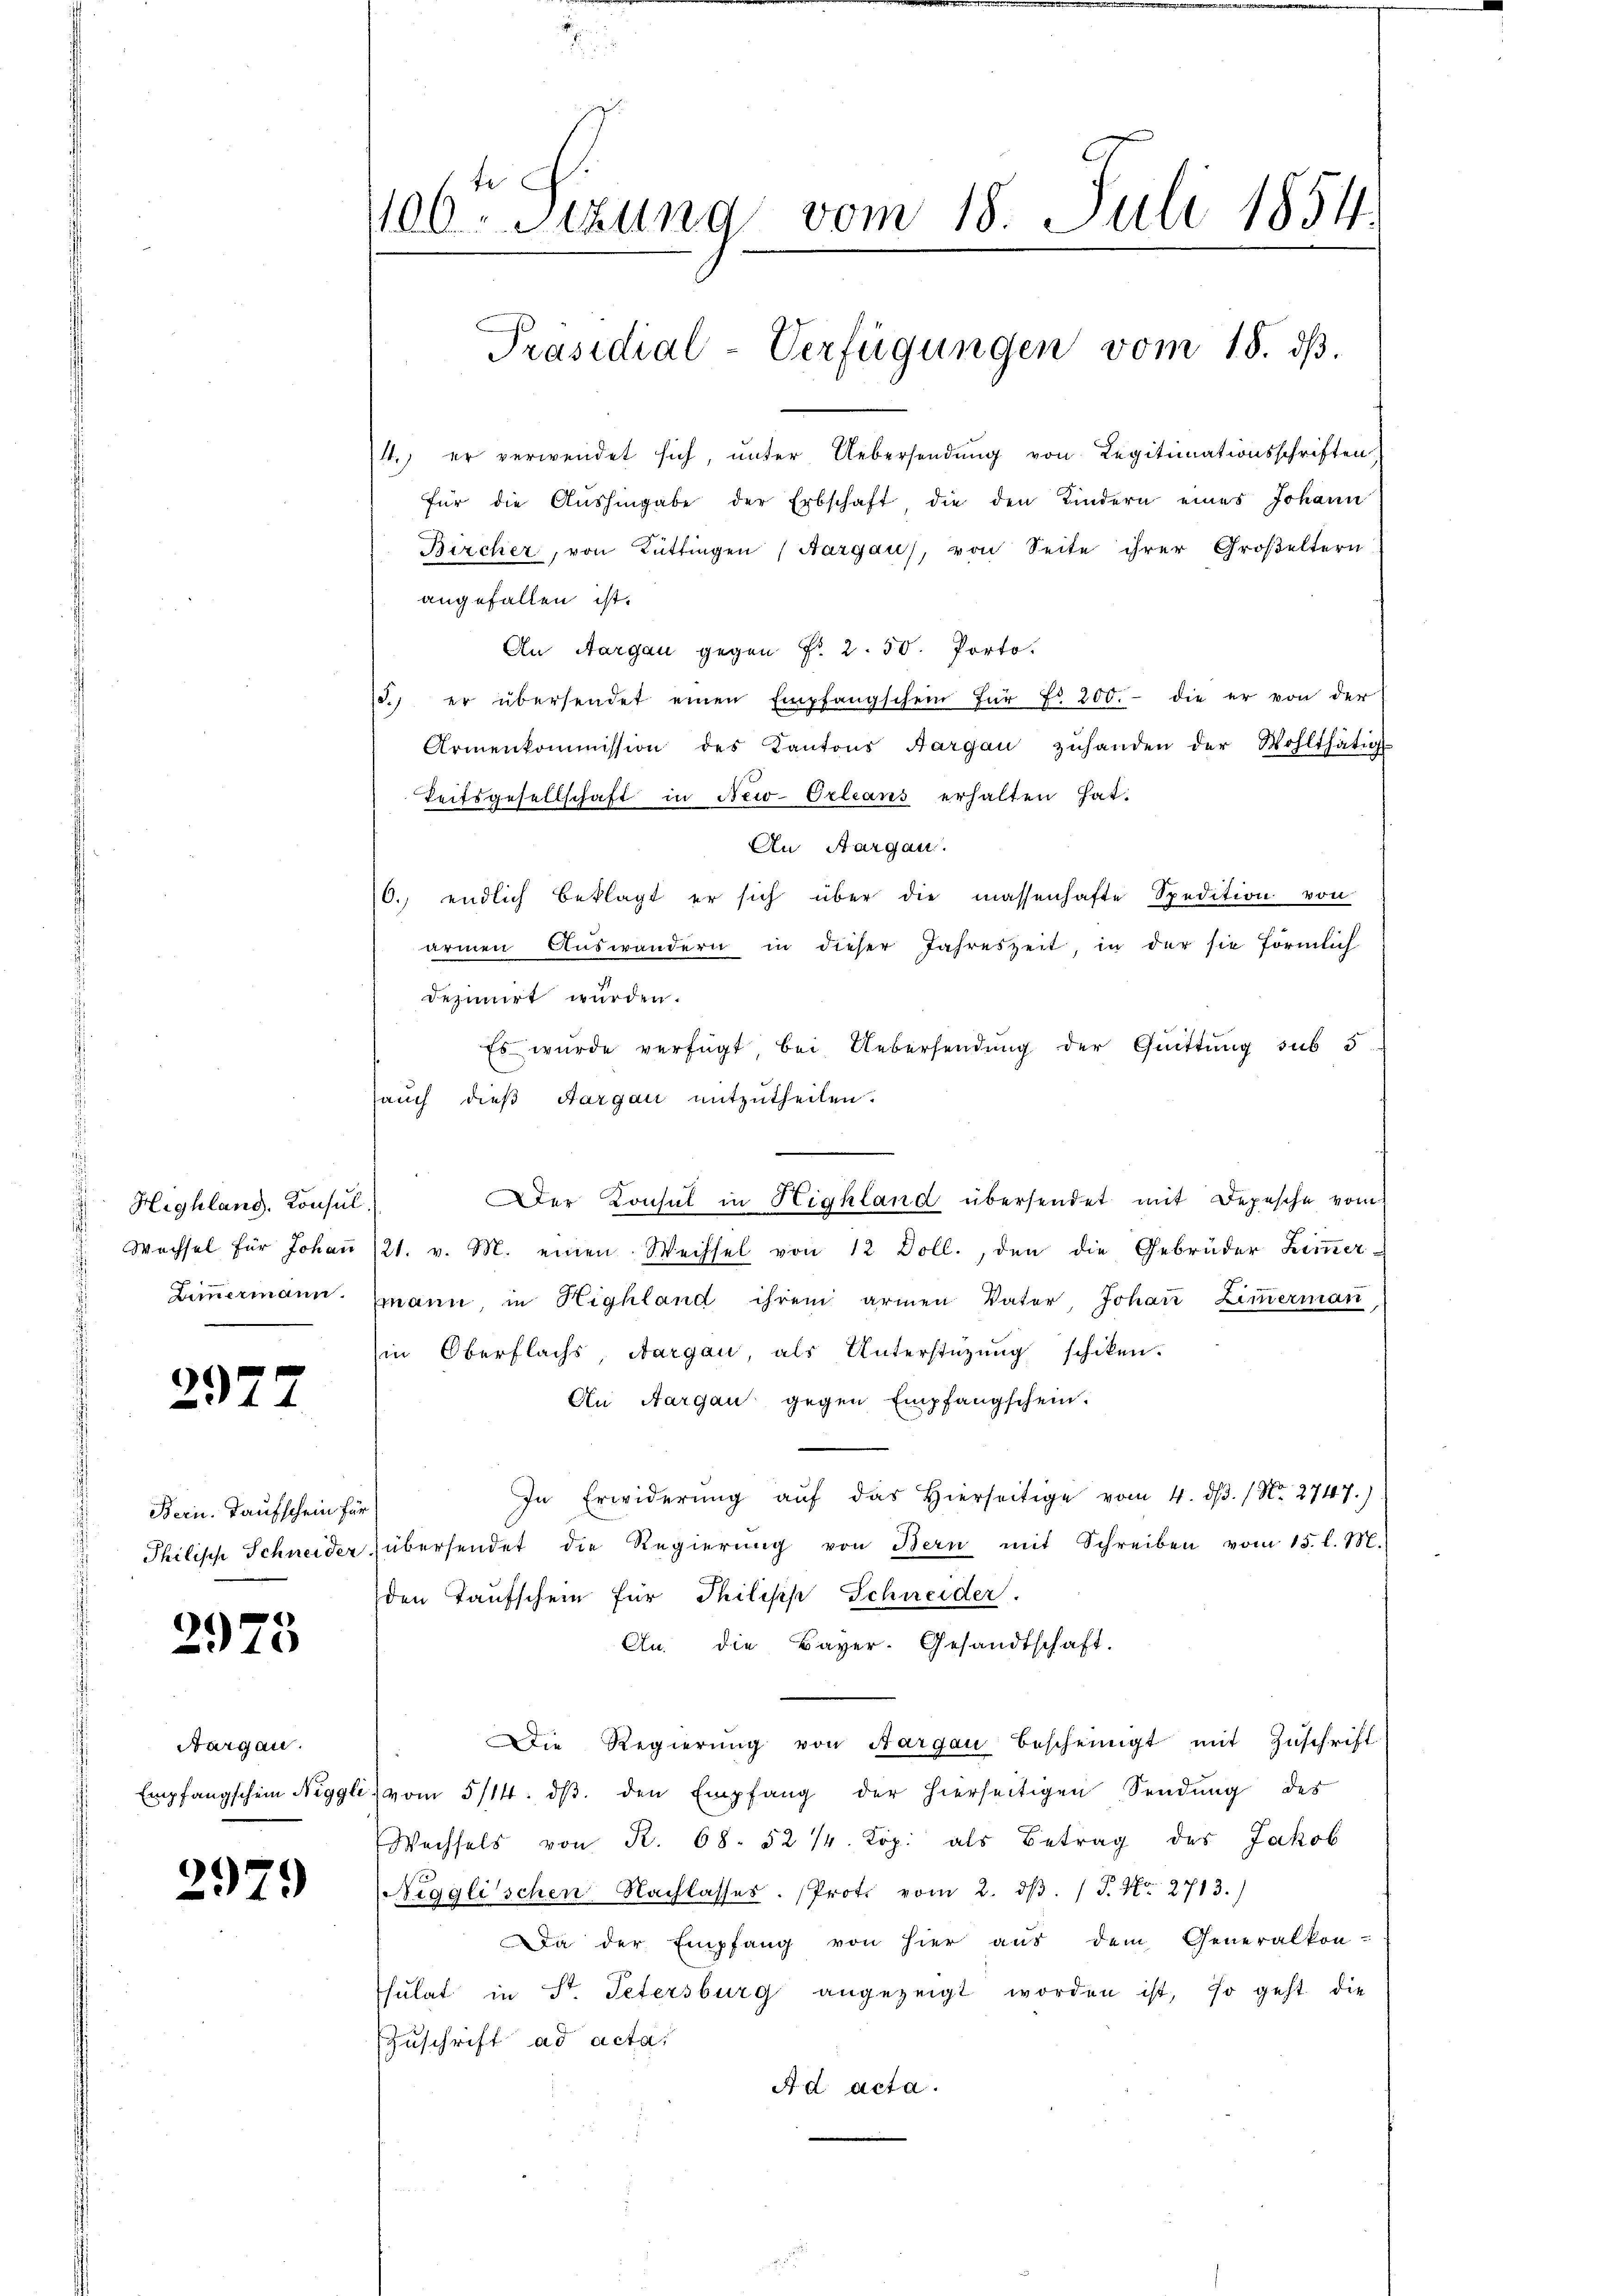
Highland. Konsul,

292

Bern. Kaufschein für

2975

Nargau.

2979

106ten Sizung vom 18. Juli 1854.
e
Präsidial-Verfügungen vom 18. ds.

4.) er verwendet sich, unter Uebersendung von Legitimationsschriften
für die Aushingabe der Erbschaft die den Kindern eines Johann
Bircher, von Rüttingen (Aargau), von Seite ihrer Großeltern
angefallen ist.
An Aargau gegen Fr. 2. 50. Porto.
18. er übersendet einen Empfangschein für f. 200.- die er von der
Armenkommission des Kantons Aargau zuhanden der Wohlthätig
Teitsgesellschaft in New-Orleans erhalten hat.
An Aargau.
10. endlich beklagt er sich über die massenhafte Spedition von
armen Auswandern in dieser Jahreszeit, in der sie förmlich
desimirt würden.
Es wurde verfügt bei Uebersendung der Quittung sub 5
auch dieß Aargau mitzutheilen.
Wechsel für Johaṅ /21. v. M. einen Wechsel von 12 Doll., den die Gebrüder Zimmer-
Ziṁermann mann in Highland ihrem armen Vater, Johan Zimmerman
in Oberflachs, Aargau, als Unterstüzung schiken.
An Aargau gegen Empfangschein.
In Erwiderŭng aŭf das hierseitige vom 4. dβ. / No. 2747.)
Philisch Schneider übersendet die Regierŭng von Bern mit Schreiben vom 15. l. M.
den Taufschein für Philipp Schneider.
An. die Bayer. Gesandtschaft.
Die Regierŭng von Aargau bescheinigt mit Zŭschrift
Empfangschein Niggli vom 5/14. dβ. den Empfang der hierseitigen Sendung des
Wechsels von R. 68. 52 ½. Kop. als Betrag des Jakob
Nigglischen Nachlasses. (Prote vom 2. dβ. / P. Nr. 2713.)
Da der Empfang von hier aus dem Generalkon-
sulat in St. Petersburg angezeigt worden ist, so geht die
Zuschrift ad acta.
Ad acta.

Der Konsul in Highland übersendet mit Depesche vom